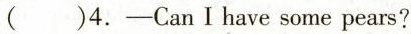
()4.-Can I have some pears?